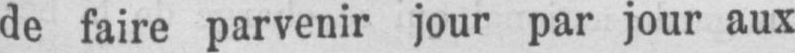
de faire parvenir jour par jour aux